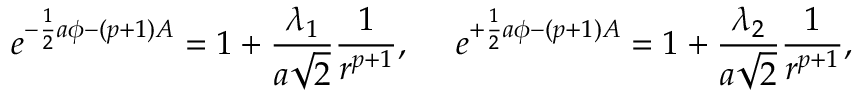
e ^ { - { \frac { 1 } { 2 } } a \phi - ( p + 1 ) A } = 1 + { \frac { \lambda _ { 1 } } { a \sqrt { 2 } } } { \frac { 1 } { r ^ { p + 1 } } } , \ \ \ \ e ^ { + { \frac { 1 } { 2 } } a \phi - ( p + 1 ) A } = 1 + { \frac { \lambda _ { 2 } } { a \sqrt { 2 } } } { \frac { 1 } { r ^ { p + 1 } } } ,